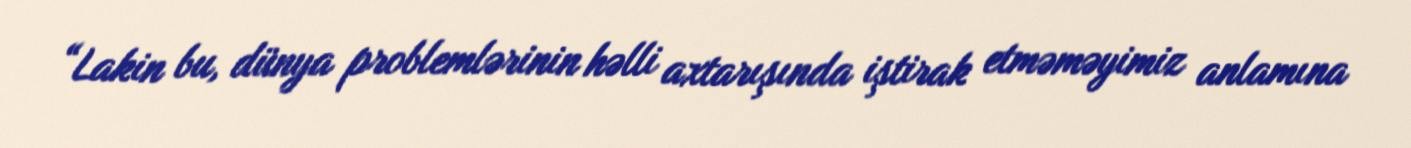
“Lakin bu, dünya problemlərinin həlli axtarışında iştirak etməməyimiz anlamına